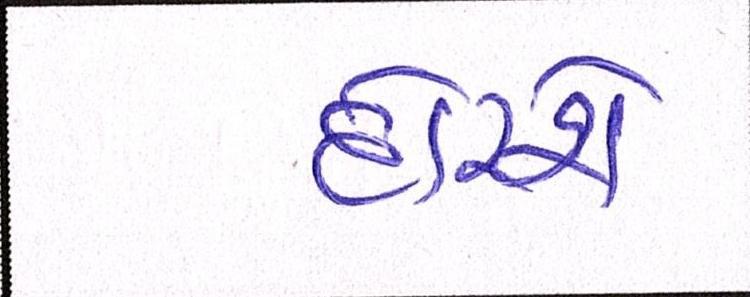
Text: દોરશે